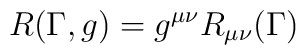
R(\Gamma,g)=g^{\mu\nu}R_{\mu\nu}(\Gamma)